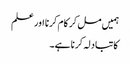
ہمیں مل کر کام کرنا اور علم
کا تبادلہ کرنا ہے۔